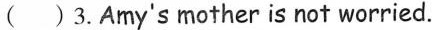
( )3.Amy's mother is not worried.